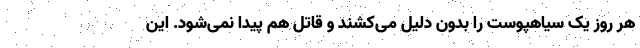
هر روز یک سیاهپوست را بدون دلیل می‌کشند و قاتل هم پیدا نمی‌شود. این